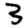
Digit: 3